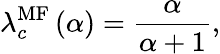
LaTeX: \lambda_{c}^{\mathrm{MF}}\left(\alpha\right)=\frac{\alpha}{\alpha+1},